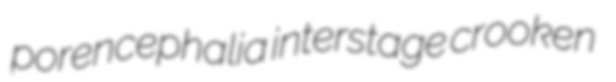
porencephalia interstage crooken